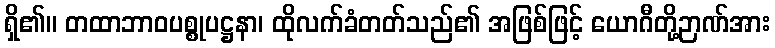
ရှိ၏။ တထာဘာဝပစ္စုပဋ္ဌနာ၊ ထိုလက်ခံတတ်သည်၏ အဖြစ်ဖြင့် ယောဂီတို့ဉာဏ်အား